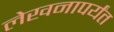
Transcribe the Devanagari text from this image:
लेखनापर्यंत